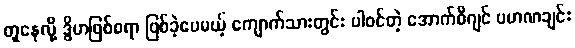
တူနေလို့ ဒွိဟဖြစ်စရာ ဖြစ်ခဲ့ပေမယ့် ကျောက်သားတွင်း ပါဝင်တဲ့ အောက်စီဂျင် ပမာဏချင်း